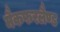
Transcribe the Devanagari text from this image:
मैकफरलैण्ड